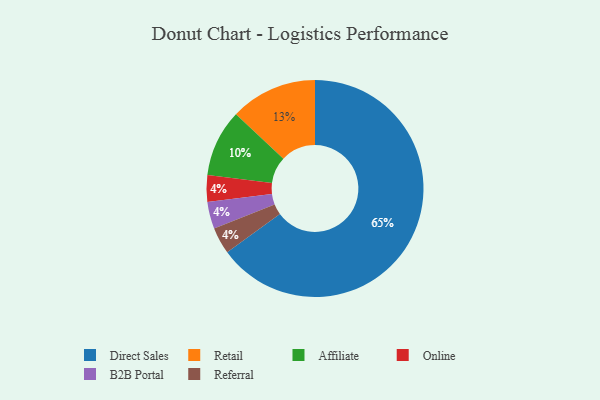
{"axis": {"x": "Category", "y": "Percentage"}, "legend": ["Affiliate", "B2B Portal", "Direct Sales", "Online", "Referral", "Retail"], "data": [{"x": "Direct Sales", "y": 65, "type": "Direct Sales"}, {"x": "Retail", "y": 13, "type": "Retail"}, {"x": "Affiliate", "y": 10, "type": "Affiliate"}, {"x": "Online", "y": 4, "type": "Online"}, {"x": "B2B Portal", "y": 4, "type": "B2B Portal"}, {"x": "Referral", "y": 4, "type": "Referral"}]}